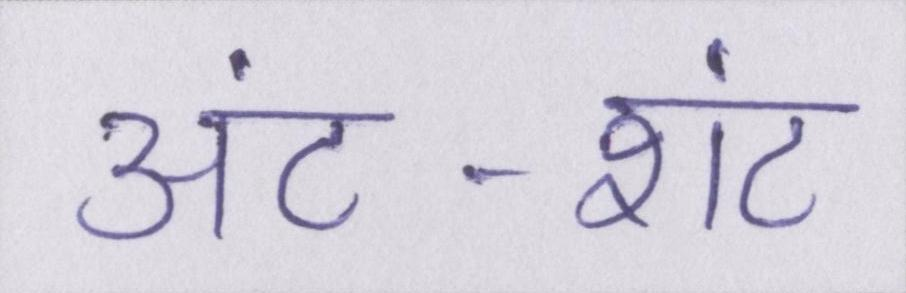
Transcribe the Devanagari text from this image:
अंट-शंट